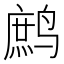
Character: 鹧